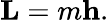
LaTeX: \mathbf{L}=m\mathbf{h}.